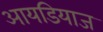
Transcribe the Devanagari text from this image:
आयडियाज